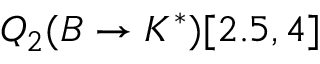
Q _ { 2 } ( B \to K ^ { * } ) [ 2 . 5 , 4 ]